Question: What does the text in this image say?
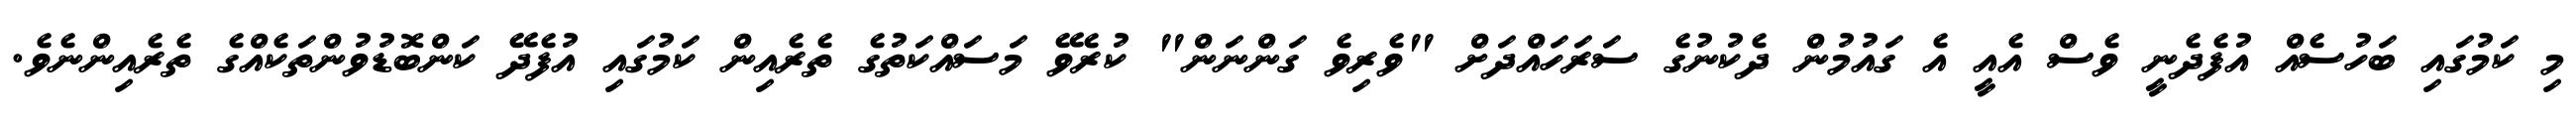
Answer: މި ކަމުގައި ބަހުސެއް އުފެދެނީ ވެސް އެއީ އެ ގައުމުން ދެކުނުގެ ސަރަހައްދަށް "ވެރިވެ ގަންނަން" ކުރެވޭ މަސައްކަތުގެ ތެރެއިން ކަމުގައި އުފެދޭ ކަންބޮޑުވުންތަކެއްގެ ތެރެއިންނެވެ.